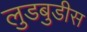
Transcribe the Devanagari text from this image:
लुडबुडीस